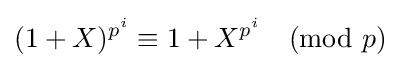
(1+X)^{p^{i}}\equiv 1+X^{p^{i}}{\pmod {p}}